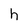
Character: h